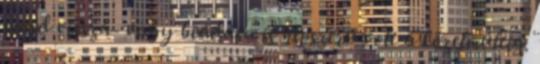
majd vissza- vagy beadása is népszerű volt a közelmúltig.